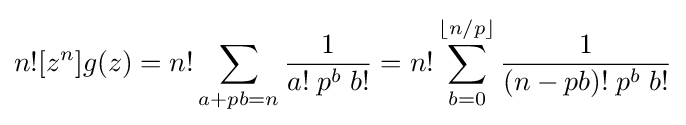
n![z^{n}]g(z)=n!\sum _{a+pb=n}{\frac {1}{a!\;p^{b}\;b!}}=n!\sum _{b=0}^{\lfloor n/p\rfloor }{\frac {1}{(n-pb)!\;p^{b}\;b!}}